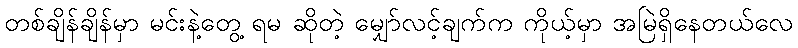
တစ်ချိန်ချိန်မှာ မင်းနဲ့တွေ့ ရမ ဆိုတဲ့ မျှော်လင့်ချက်က ကိုယ့်မှာ အမြဲရှိနေတယ်လေ